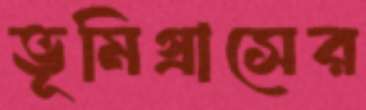
ভূমিগ্রাসের